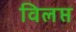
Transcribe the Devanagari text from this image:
विलप्त